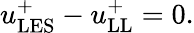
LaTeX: u_{\mathrm{LES}}^{+}-u_{\mathrm{LL}}^{+}=0.